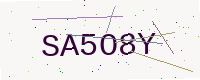
Text: SA5O8Y